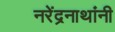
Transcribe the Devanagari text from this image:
नरेंद्रनाथांनी